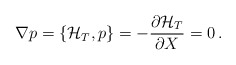
\begin{align*}\nabla p = \{ {\cal H}_T , p \}= - {\partial {\cal H}_T \over \partial X } = 0\,.\end{align*}